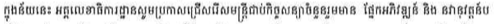
ក្នុងន័យនេះ អគ្គលេខាធិការដ្ឋានសូមប្រកាសជ្រើសរើសមន្រ្តីជាប់កិច្ចសន្យាចំនួនរួមមាន ផ្នែកអភិវឌ្ឍន៍ និង នវានុវត្តន៍ប